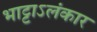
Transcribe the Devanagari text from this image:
भाट्टाऽलंकार